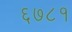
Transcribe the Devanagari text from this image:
६७८१